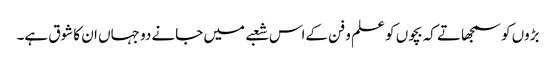
بڑوں کو سمجھاتے کہ بچوں کو علم و فن کےاس شعبے میں جانے دو جہاں ان کا شوق ہے۔